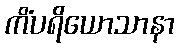
ကိံပရိယောသာနာ